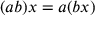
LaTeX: ( a b ) x = a ( b x )